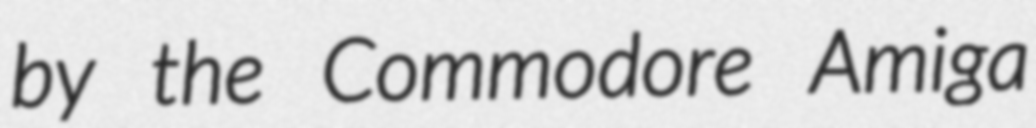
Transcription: by the Commodore Amiga